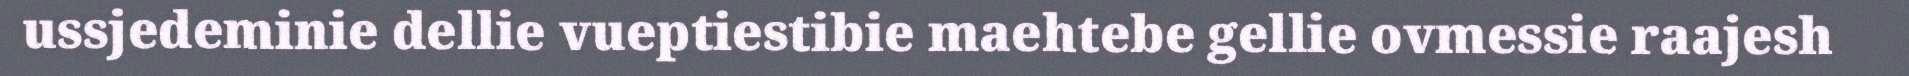
ussjedeminie dellie vueptiestibie maehtebe gellie ovmessie raajesh